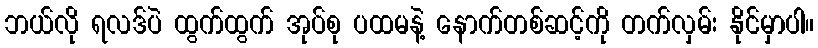
ဘယ်လို ရလဒ်ပဲ ထွက်ထွက် အုပ်စု ပထမနဲ့ နောက်တစ်ဆင့်ကို တက်လှမ်း နိုင်မှာပါ။